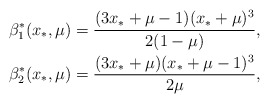
\begin{align*}\begin{array}{l}\displaystyle \beta_1^*(x_*,\mu) = \frac{(3x_*+\mu-1)(x_*+\mu)^3}{2(1-\mu)}, \\ [10pt]\displaystyle \beta_2^*(x_*,\mu) = \frac{(3x_*+\mu)(x_*+\mu-1)^3}{2\mu}, \\\end{array}{}\end{align*}